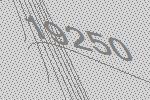
19250